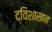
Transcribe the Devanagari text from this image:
द्विशाखन